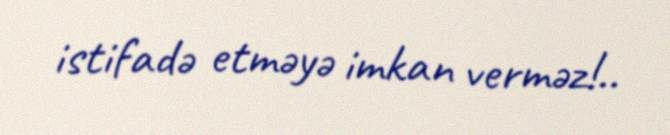
istifadə etməyə imkan verməz!..